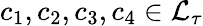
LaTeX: c_{1},c_{2},c_{3},c_{4}\in\mathcal{L}_{\tau}